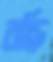
রছি